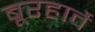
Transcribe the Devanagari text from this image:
बूरहार्वे